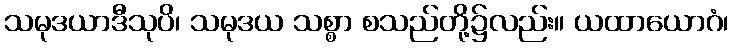
သမုဒယာဒီသုပိ၊ သမုဒယ သစ္စာ စသည်တို့၌လည်း။ ယထာယောဂံ၊